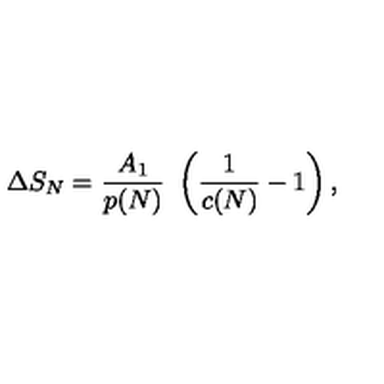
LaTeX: \Delta S _ { N } = { \frac { A _ { 1 } } { p ( N ) } } \ \left( { \frac { 1 } { c ( N ) } } - 1 \right) ,